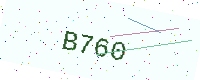
Text: B760